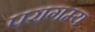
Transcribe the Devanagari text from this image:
परागम्य